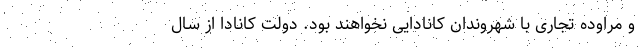
و مراوده تجاری با شهروندان کانادایی نخواهند بود. دولت کانادا از سال